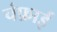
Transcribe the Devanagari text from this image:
चंफ़ाई